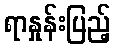
ရာနှုန်းပြည့်